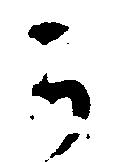
か